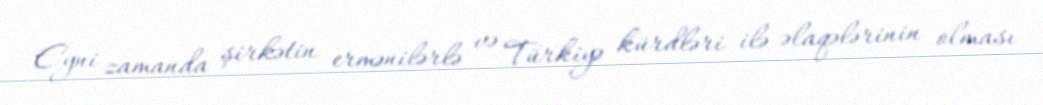
Eyni zamanda şirkətin ermənilərlə və Türkiyə kürdləri ilə əlaqələrinin olması